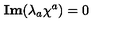
{ \bf I m } ( \lambda _ { a } \chi ^ { a } ) = 0